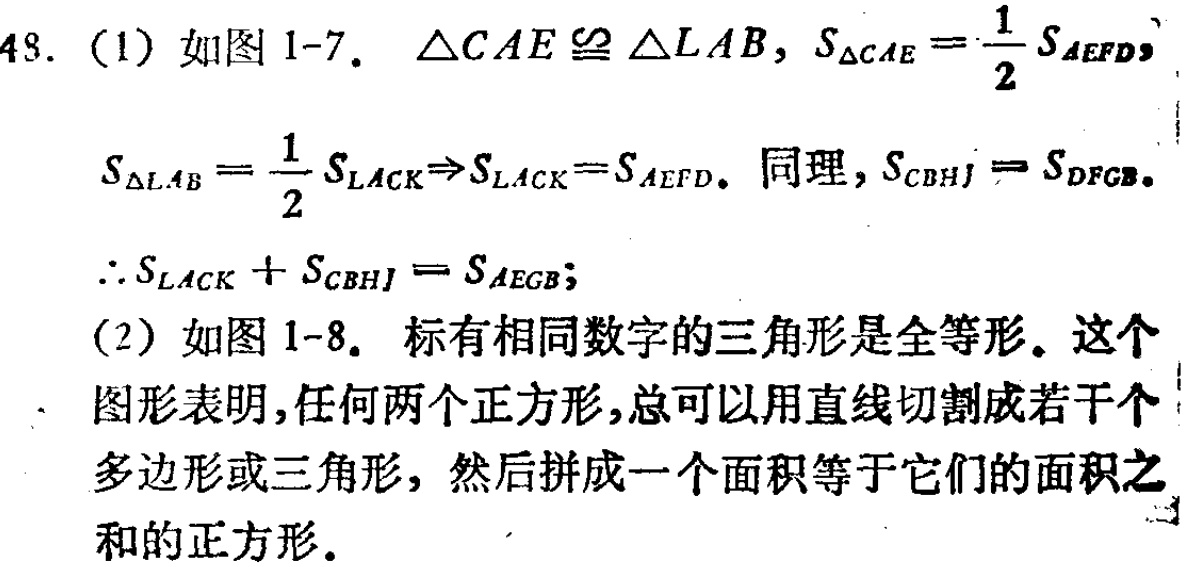
48. (1) 如图 1-7. $\triangle CAE\cong\triangle LAB$, $S_{\triangle CAE}=\frac{1}{2}S_{AEFD}$,

$S_{\triangle LAB}=\frac{1}{2}S_{LACK}\Rightarrow S_{LACK}=S_{AEFD}$. 同理, $S_{CBHJ}=S_{DFGB}$.

$\therefore S_{LACK}+S_{CBHJ}=S_{AEGB}$;

(2) 如图 1-8. 标有相同数字的三角形是全等形. 这个

图形表明,任何两个正方形,总可以用直线切割成若干个

多边形或三角形, 然后拼成一个面积等于它们的面积之

和的正方形.